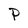
Character: P